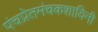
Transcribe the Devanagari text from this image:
पंचप्रेतमंचकशायिनी